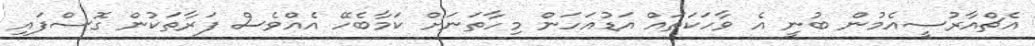
އެޗްއާރުސީއެމުން ބުނީ އެ ވާހަކަތައް އަޑުއަހަން މިހާތަނަށް ކަމާބެހޭ އެއްވެސް ފަރާތަކުން ގޮސްފައި